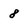
Character: 8